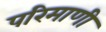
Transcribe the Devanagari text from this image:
परिमाणी